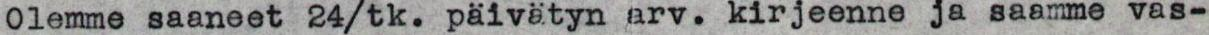
Olemme saaneet 24/tk. päivätyn arv. kirjeenne ja saamme vas-